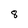
Character: 8